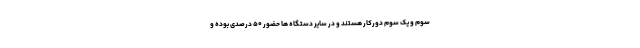
سوم و یک سوم دورکار هستند و در سایر دستگاه ها حضور ۵۰ درصدی بوده و